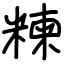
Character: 𥻂